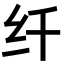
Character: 纤